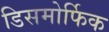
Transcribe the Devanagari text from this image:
डिसमोर्फिक